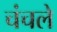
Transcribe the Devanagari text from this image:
चंचले